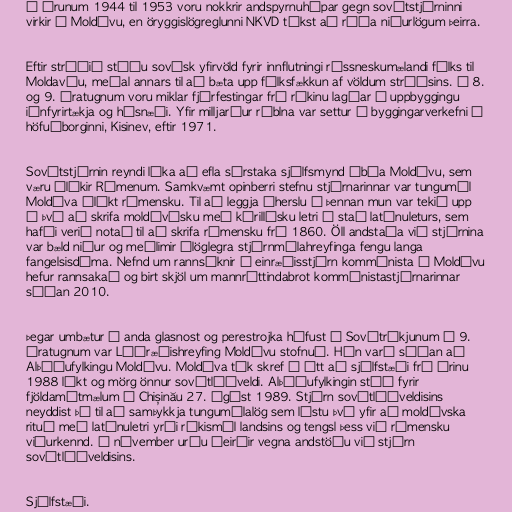
Á árunum 1944 til 1953 voru nokkrir andspyrnuhópar gegn sovétstjórninni
virkir í Moldóvu, en öryggislögreglunni NKVD tókst að ráða niðurlögum þeirra.

Eftir stríðið stóðu sovésk yfirvöld fyrir innflutningi rússneskumælandi fólks til
Moldavíu, meðal annars til að bæta upp fólksfækkun af völdum stríðsins. Á 8.
og 9. áratugnum voru miklar fjárfestingar frá ríkinu lagðar í uppbyggingu
iðnfyrirtækja og húsnæði. Yfir milljarður rúblna var settur í byggingarverkefni í
höfuðborginni, Kisinev, eftir 1971.

Sovétstjórnin reyndi líka að efla sérstaka sjálfsmynd íbúa Moldóvu, sem
væru ólíkir Rúmenum. Samkvæmt opinberri stefnu stjórnarinnar var tungumál
Moldóva ólíkt rúmensku. Til að leggja áherslu á þennan mun var tekið upp
á því að skrifa moldóvísku með kýrillísku letri í stað latínuleturs, sem
hafði verið notað til að skrifa rúmensku frá 1860. Öll andstaða við stjórnina
var bæld niður og meðlimir ólöglegra stjórnmálahreyfinga fengu langa
fangelsisdóma. Nefnd um rannsóknir á einræðisstjórn kommúnista í Moldóvu
hefur rannsakað og birt skjöl um mannréttindabrot kommúnistastjórnarinnar
síðan 2010.

Þegar umbætur í anda glasnost og perestrojka hófust í Sovétríkjunum á 9.
áratugnum var Lýðræðishreyfing Moldóvu stofnuð. Hún varð síðan að
Alþýðufylkingu Moldóvu. Moldóva tók skref í átt að sjálfstæði frá árinu
1988 líkt og mörg önnur sovétlýðveldi. Alþýðufylkingin stóð fyrir
fjöldamótmælum í Chișinău 27. ágúst 1989. Stjórn sovétlýðveldisins
neyddist þá til að samþykkja tungumálalög sem lýstu því yfir að moldóvska
rituð með latínuletri yrði ríkismál landsins og tengsl þess við rúmensku
viðurkennd. Í nóvember urðu óeirðir vegna andstöðu við stjórn
sovétlýðveldisins.

Sjálfstæði.